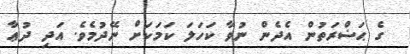
ގެ ޙަޟްރަތުން އެދެން ނުވާ ކަހަލަ ކަމަކަށް ނޭދުމެވެ. އަދި ދުޢާ